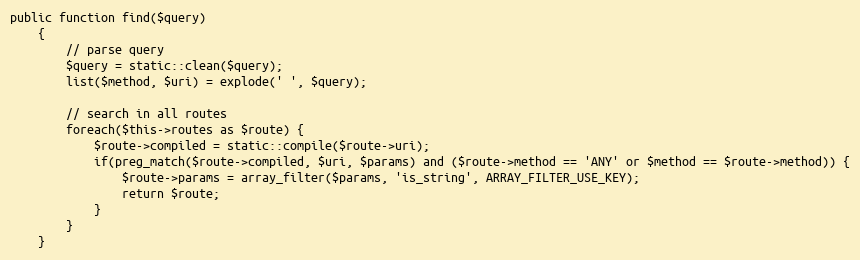
Language: PHP
public function find($query)
    {
        // parse query
        $query = static::clean($query);
        list($method, $uri) = explode(' ', $query);

        // search in all routes
        foreach($this->routes as $route) {
            $route->compiled = static::compile($route->uri);
            if(preg_match($route->compiled, $uri, $params) and ($route->method == 'ANY' or $method == $route->method)) {
                $route->params = array_filter($params, 'is_string', ARRAY_FILTER_USE_KEY);
                return $route;
            }
        }
    }